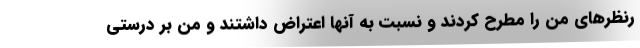
رنظرهای من را مطرح کردند و نسبت به آنها اعتراض داشتند و من بر درستی